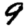
Digit: 9